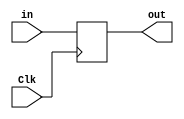


`timescale 1ns / 1ps


module ResetReg (Clk, in, out);
    
    input wire Clk;
    input wire in;
    
    output reg out;
    
    
     always@(posedge Clk) begin
         out <= in; 
	end
	
	
endmodule